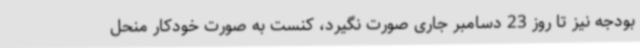
بودجه نیز تا روز 23 دسامبر جاری صورت نگیرد، کنست به صورت خودکار منحل